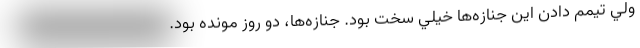
ولي تيمم دادن اين جنازه‌ها خيلي سخت بود. جنازه‌ها، دو روز مونده بود.